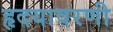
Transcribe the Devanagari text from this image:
हृदयावरणी